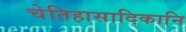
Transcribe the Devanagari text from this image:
चेतिहासादिकानि